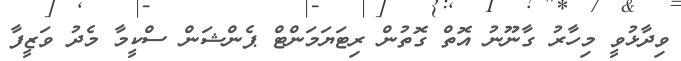
ވިދާޅުވީ މިހާރު ގާނޫނު އޮތް ގޮތުން ރިޓަޔަމަންޓް ޕެންޝަން ސްކީމާ މެދު ވަޒީފާ